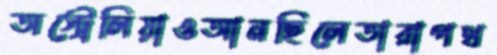
অস্ট্রেলিয়াওআনছিলেতারাপথ